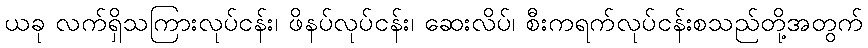
ယခု လက်ရှိသကြားလုပ်ငန်း၊ ဖိနပ်လုပ်ငန်း၊ ဆေးလိပ်၊ စီးကရက်လုပ်ငန်းစသည်တို့အတွက်